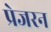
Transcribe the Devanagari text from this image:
प्रेजरन